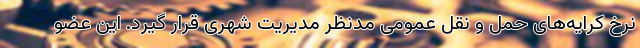
نرخ کرایه‌های حمل و نقل عمومی مدنظر مدیریت شهری قرار گیرد. این عضو